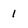
Character: 1